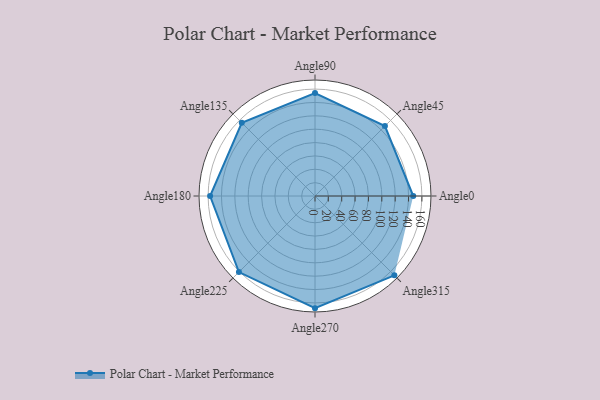
{"axis": {"x": "Angle", "y": "Radius"}, "legend": [""], "data": [{"x": "Angle0", "y": 147.0, "type": ""}, {"x": "Angle45", "y": 148.0, "type": ""}, {"x": "Angle90", "y": 154.0, "type": ""}, {"x": "Angle135", "y": 155.0, "type": ""}, {"x": "Angle180", "y": 157.0, "type": ""}, {"x": "Angle225", "y": 161.0, "type": ""}, {"x": "Angle270", "y": 168.0, "type": ""}, {"x": "Angle315", "y": 168.0, "type": ""}]}